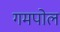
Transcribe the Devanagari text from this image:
गमपोल